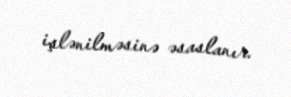
işlənilməsinə əsaslanır.